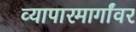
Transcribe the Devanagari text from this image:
व्यापारमार्गांवर